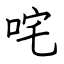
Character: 咤